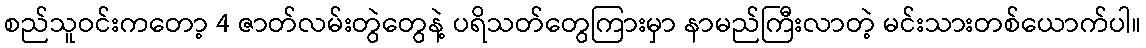
စည်သူဝင်းကတော့ 4 ဇာတ်လမ်းတွဲတွေနဲ့ ပရိသတ်တွေကြားမှာ နာမည်ကြီးလာတဲ့ မင်းသားတစ်ယောက်ပါ။